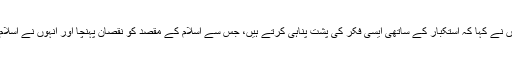
کانفرنس سے خطاب کرتے ہوئے انہوں نے کہا کہ استکبار کے ساتھی ایسی فکر کی پشت پناہی کرتے ہیں، جس سے اسلام کے مقصد کو نقصان پہنچا اور انہوں نے اسلام پر گہری اور عمیق ضرب لگائی ہے۔